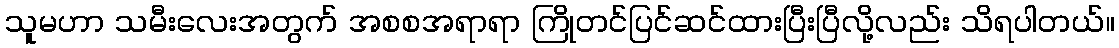
သူမဟာ သမီးလေးအတွက် အစစအရာရာ ကြိုတင်ပြင်ဆင်ထားပြီးပြီလို့လည်း သိရပါတယ်။